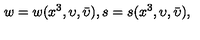
w = w ( x ^ { 3 } , \upsilon , \bar { \upsilon } ) , s = s ( x ^ { 3 } , \upsilon , \bar { \upsilon } ) ,